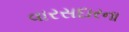
વારસદારના